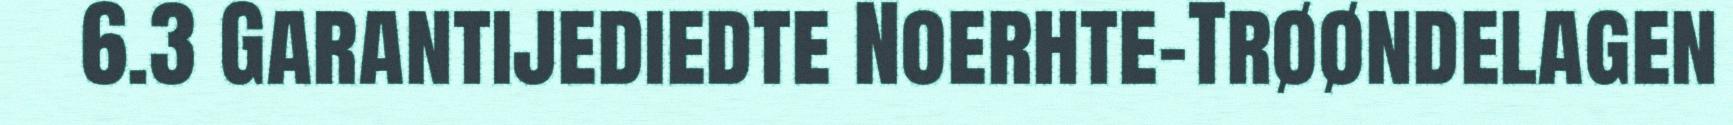
6.3 Garantijediedte Noerhte-Trøøndelagen